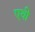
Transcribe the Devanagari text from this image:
एथी